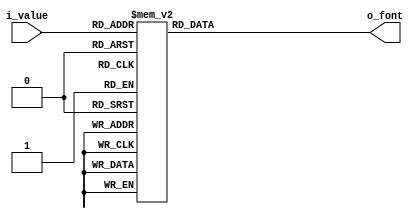
`timescale 1ns / 1ps

module BCD_to_FND_Decoder(
    input[3:0] i_value,
    // input i_on_off_SW,
    output [7:0] o_font
    );

    
    reg[7:0] r_font;
    assign o_font = r_font;

    always @(*) begin
    // always @(i_value or i_on_off_SW) begin
        // if(i_on_off_SW) begin
        //     r_font = 8'hff;
        // end
        // else begin
            case(i_value)
                4'h0 : r_font = 8'hc0;
                4'h1 : r_font = 8'hf9;
                4'h2 : r_font = 8'ha4;
                4'h3 : r_font = 8'hb0;
                4'h4 : r_font = 8'h99;
                4'h5 : r_font = 8'h92;
                4'h6 : r_font = 8'h82;
                4'h7 : r_font = 8'hf8;
                4'h8 : r_font = 8'h80;
                4'h9 : r_font = 8'h90;
                4'ha : r_font = 8'h7f;  // 10, segment dp
                default : r_font = 8'hff;  // 11, . 
            endcase
        end
    //end
endmodule